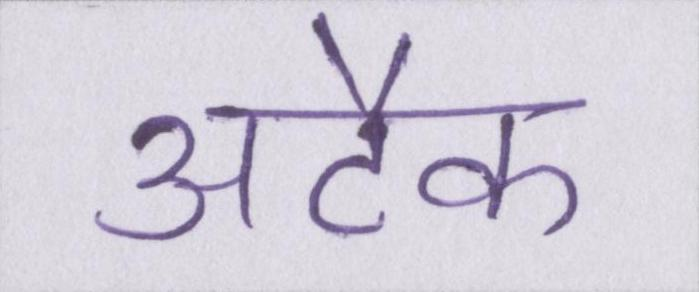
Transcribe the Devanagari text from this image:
अटैक